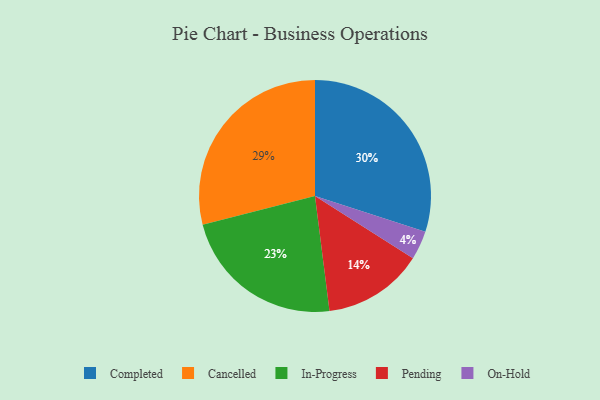
{"axis": {"x": "Category", "y": "Percentage"}, "legend": ["Cancelled", "Completed", "In-Progress", "On-Hold", "Pending"], "data": [{"x": "Completed", "y": 30, "type": "Completed"}, {"x": "Cancelled", "y": 29, "type": "Cancelled"}, {"x": "On-Hold", "y": 4, "type": "On-Hold"}, {"x": "Pending", "y": 14, "type": "Pending"}, {"x": "In-Progress", "y": 23, "type": "In-Progress"}]}